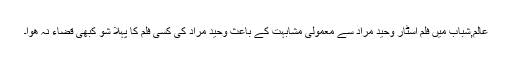
عالم,شباب میں فلم اسٹار وحید مراد سے معمولی مشابہت کے باعث وحید مراد کی کسی فلم کا پہلا شو کبھی قضاء نہ ھوا۔